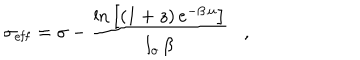
LaTeX: \sigma _ { \mathrm { e f f } } = \sigma - \frac { \mathrm { l n } \left[ ( 1 + z ) \, e ^ { - \beta \, u } \right] } { l _ { o } \, \beta } \, \, \, \, \, , \, \, \, \, \,